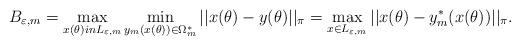
LaTeX: \begin{align*} B_{\varepsilon,m} = \max_{x(\theta) in L_{\varepsilon,m}} \min_{y_m(x(\theta)) \in \Omega^*_m} ||x(\theta) - y(\theta)||_\pi = \max_{x \in L_{\varepsilon,m}} ||x(\theta) - y^*_m(x(\theta))||_\pi.\end{align*}